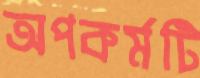
অপকর্মটি